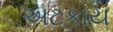
અટકાય